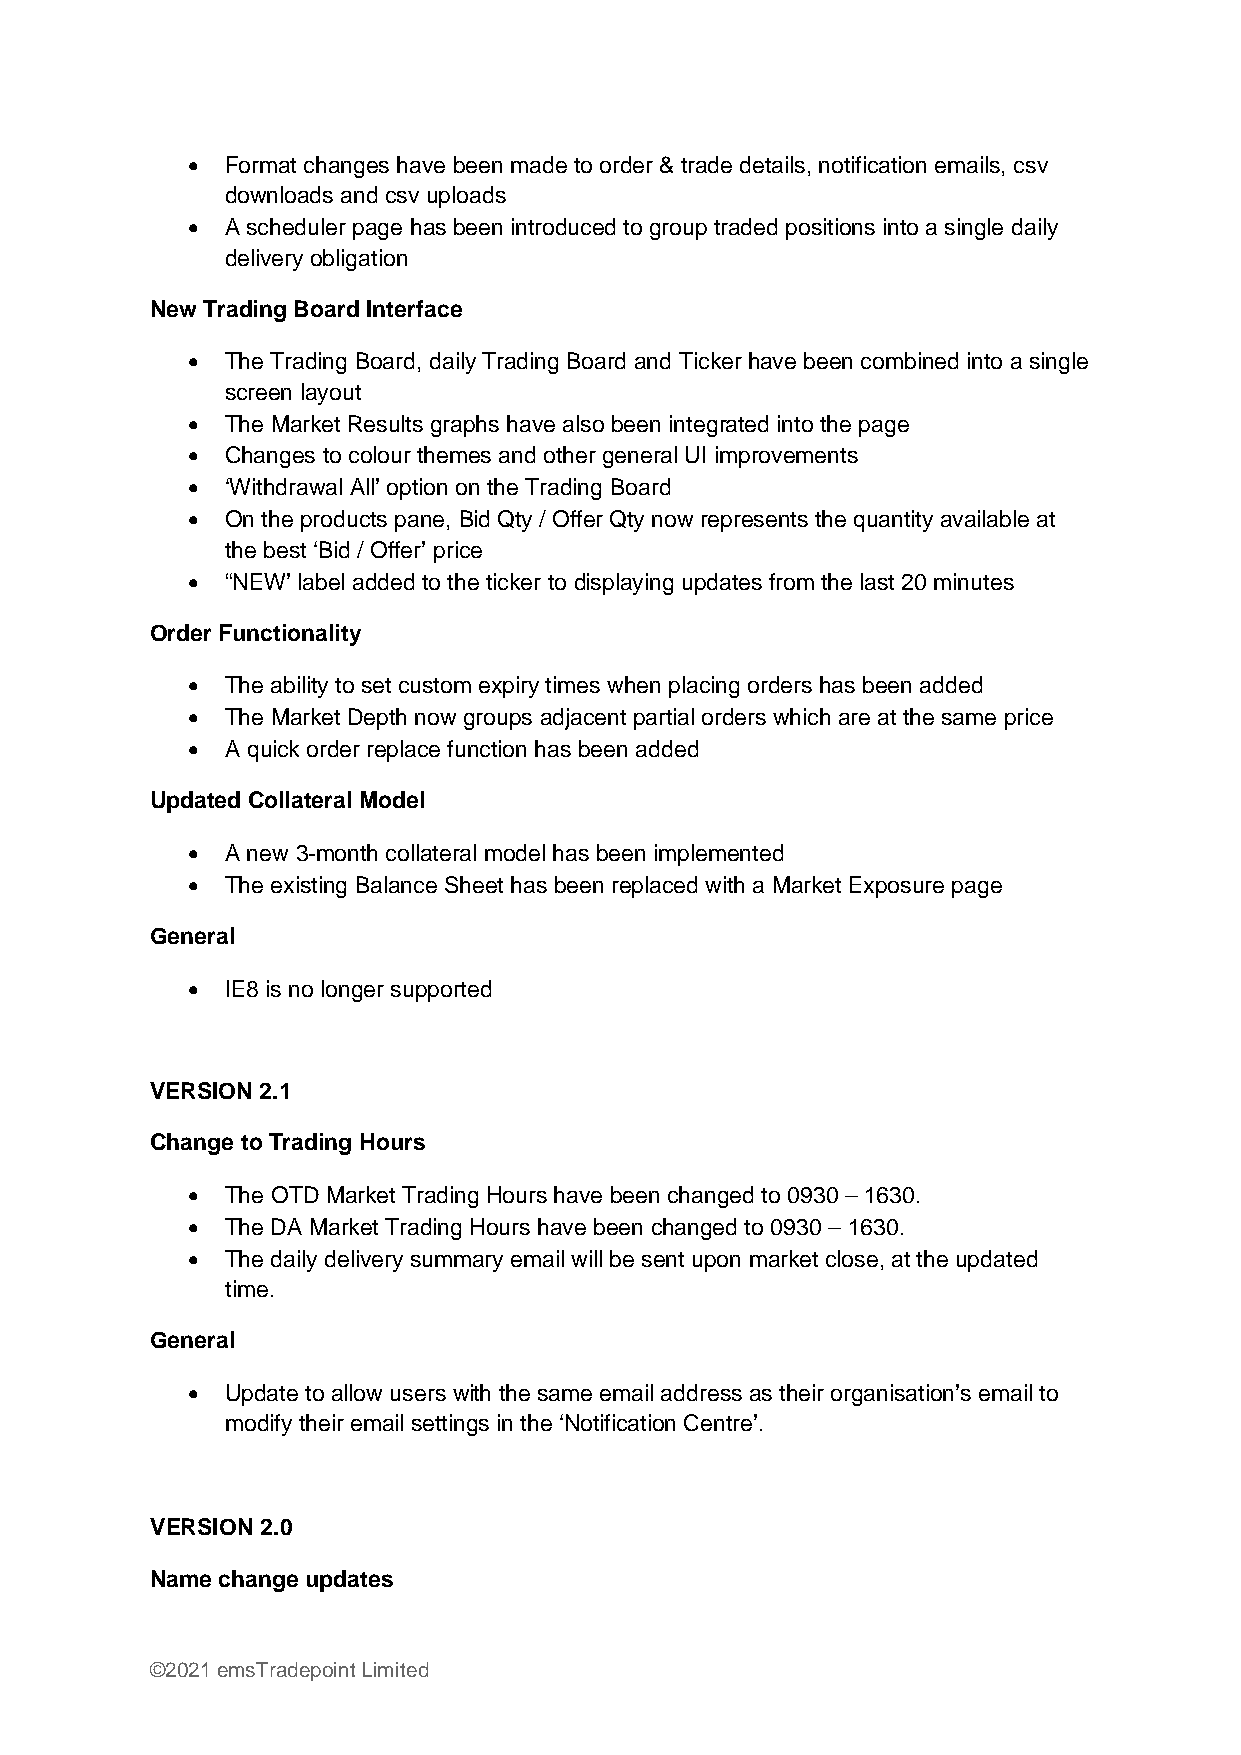
•  Format changes have been made to order & trade details, notification emails, csv
 downloads and csv uploads
 •  A scheduler page has been introduced to group traded positions into a single daily
 delivery obligation
 New Trading Board Interface
 •  The Trading Board, daily Trading Board and Ticker have been combined into a single
 screen layout
 •  The Market Results graphs have also been integrated into the page
 •  Changes to colour themes and other general UI improvements
 •  ‘Withdrawal All’ option on the Trading Board
 •  On the products pane, Bid Qty / Offer Qty now represents the quantity available at
 the best ‘Bid / Offer’ price
 •  “NEW’ label added to the ticker to displaying updates from the last 20 minutes
 Order Functionality
 •  The ability to set custom expiry times when placing orders has been added
 •  The Market Depth now groups adjacent partial orders which are at the same price
 •  A quick order replace function has been added
 Updated Collateral Model
 •  A new 3-month collateral model has been implemented
 •  The existing Balance Sheet has been replaced with a Market Exposure page
 General
 •  IE8 is no longer supported
 VERSION 2.1
 Change to Trading Hours
 •  The OTD Market Trading Hours have been changed to 0930 – 1630.
 •  The DA Market Trading Hours have been changed to 0930 – 1630.
 •  The daily delivery summary email will be sent upon market close, at the updated
 time.
 General
 •  Update to allow users with the same email address as their organisation’s email to
 modify their email settings in the ‘Notification Centre’.
 VERSION 2.0
 Name change updates
 ©2021 emsTradepoint Limited